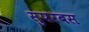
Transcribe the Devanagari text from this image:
सुपरबस